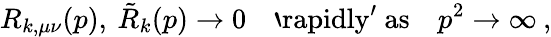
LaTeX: R_{k,\mu\nu}(p),\: \tilde{R}_{k}(p)\to 0\quad\mathrm{`rapidly^{\prime}~as}\quad p^{2}\to\infty\: ,